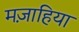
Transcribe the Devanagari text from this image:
मज़ाहिया